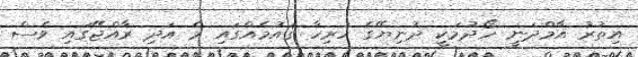
އިތުރު އާމްދަނީ ހޯދުމަކީ ދުނިޔޭގެ ހުރިހާ ޤައުމެއްގައި މެ އަދި ރާއްޖޭގައި ވެސް